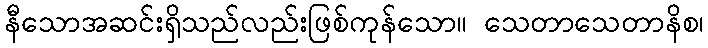
နီသောအဆင်းရှိသည်လည်းဖြစ်ကုန်သော။ သေတာသေတာနိစ၊